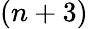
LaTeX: (n+3)